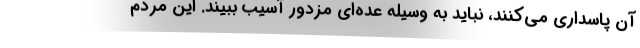
آن پاسدارى مى‌كنند، نبايد به وسيله عدّه‌اى مزدور آسيب ببيند. اين مردم